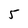
Character: 5